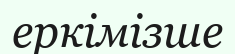
еркімізше